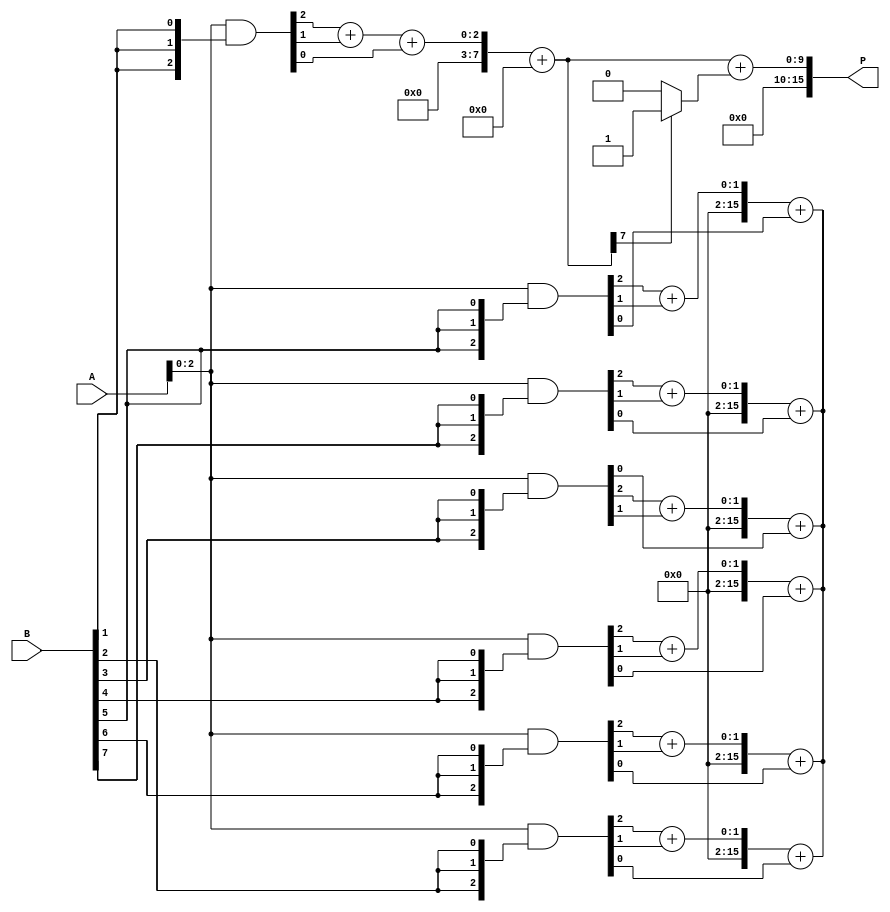
module AdaptiveWallaceTreeMultiplier #(parameter N = 8) (
    input [N-1:0] A,
    input [N-1:0] B,
    output reg [2*N-1:0] P
);

    // Partial product generation
    wire [N-1:0] pp [0:N-1]; // Partial products
    genvar i;
    generate
        for (i = 0; i < N; i = i + 1) begin : pp_gen
            assign pp[i] = A & {N{B[i]}};
        end
    endgenerate

    // Wallace tree reduction
    wire [N-1:0] sum [0:N-1];
    wire [N-1:0] carry [0:N-1];
    wire [N-1:0] temp_sum;
    wire [N-1:0] temp_carry;

    // Initial stage: sum and carry from partial products
    assign sum[0] = pp[0];
    assign carry[0] = 0;

    // Reduction stages
    genvar j;
    generate
        for (j = 1; j < N; j = j + 1) begin : reduction_stage
            wire [2:0] group;
            assign group = {pp[j][0], pp[j][1], pp[j][2]}; // Group of three bits
            assign {temp_carry, temp_sum} = group[0] + group[1] + group[2];
            assign sum[j] = temp_sum;
            assign carry[j] = temp_carry;
        end
    endgenerate

    // Final addition
    wire [2*N-1:0] final_sum;
    wire [2*N-1:0] final_carry;

    assign final_sum = sum[N-1] + carry[N-1];
    assign final_carry = (final_sum[N-1] ? 1 : 0);

    always @(*) begin
        P = final_sum + final_carry;
    end

endmodule